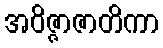
အဝိဇ္ဇာဇာတိကာ